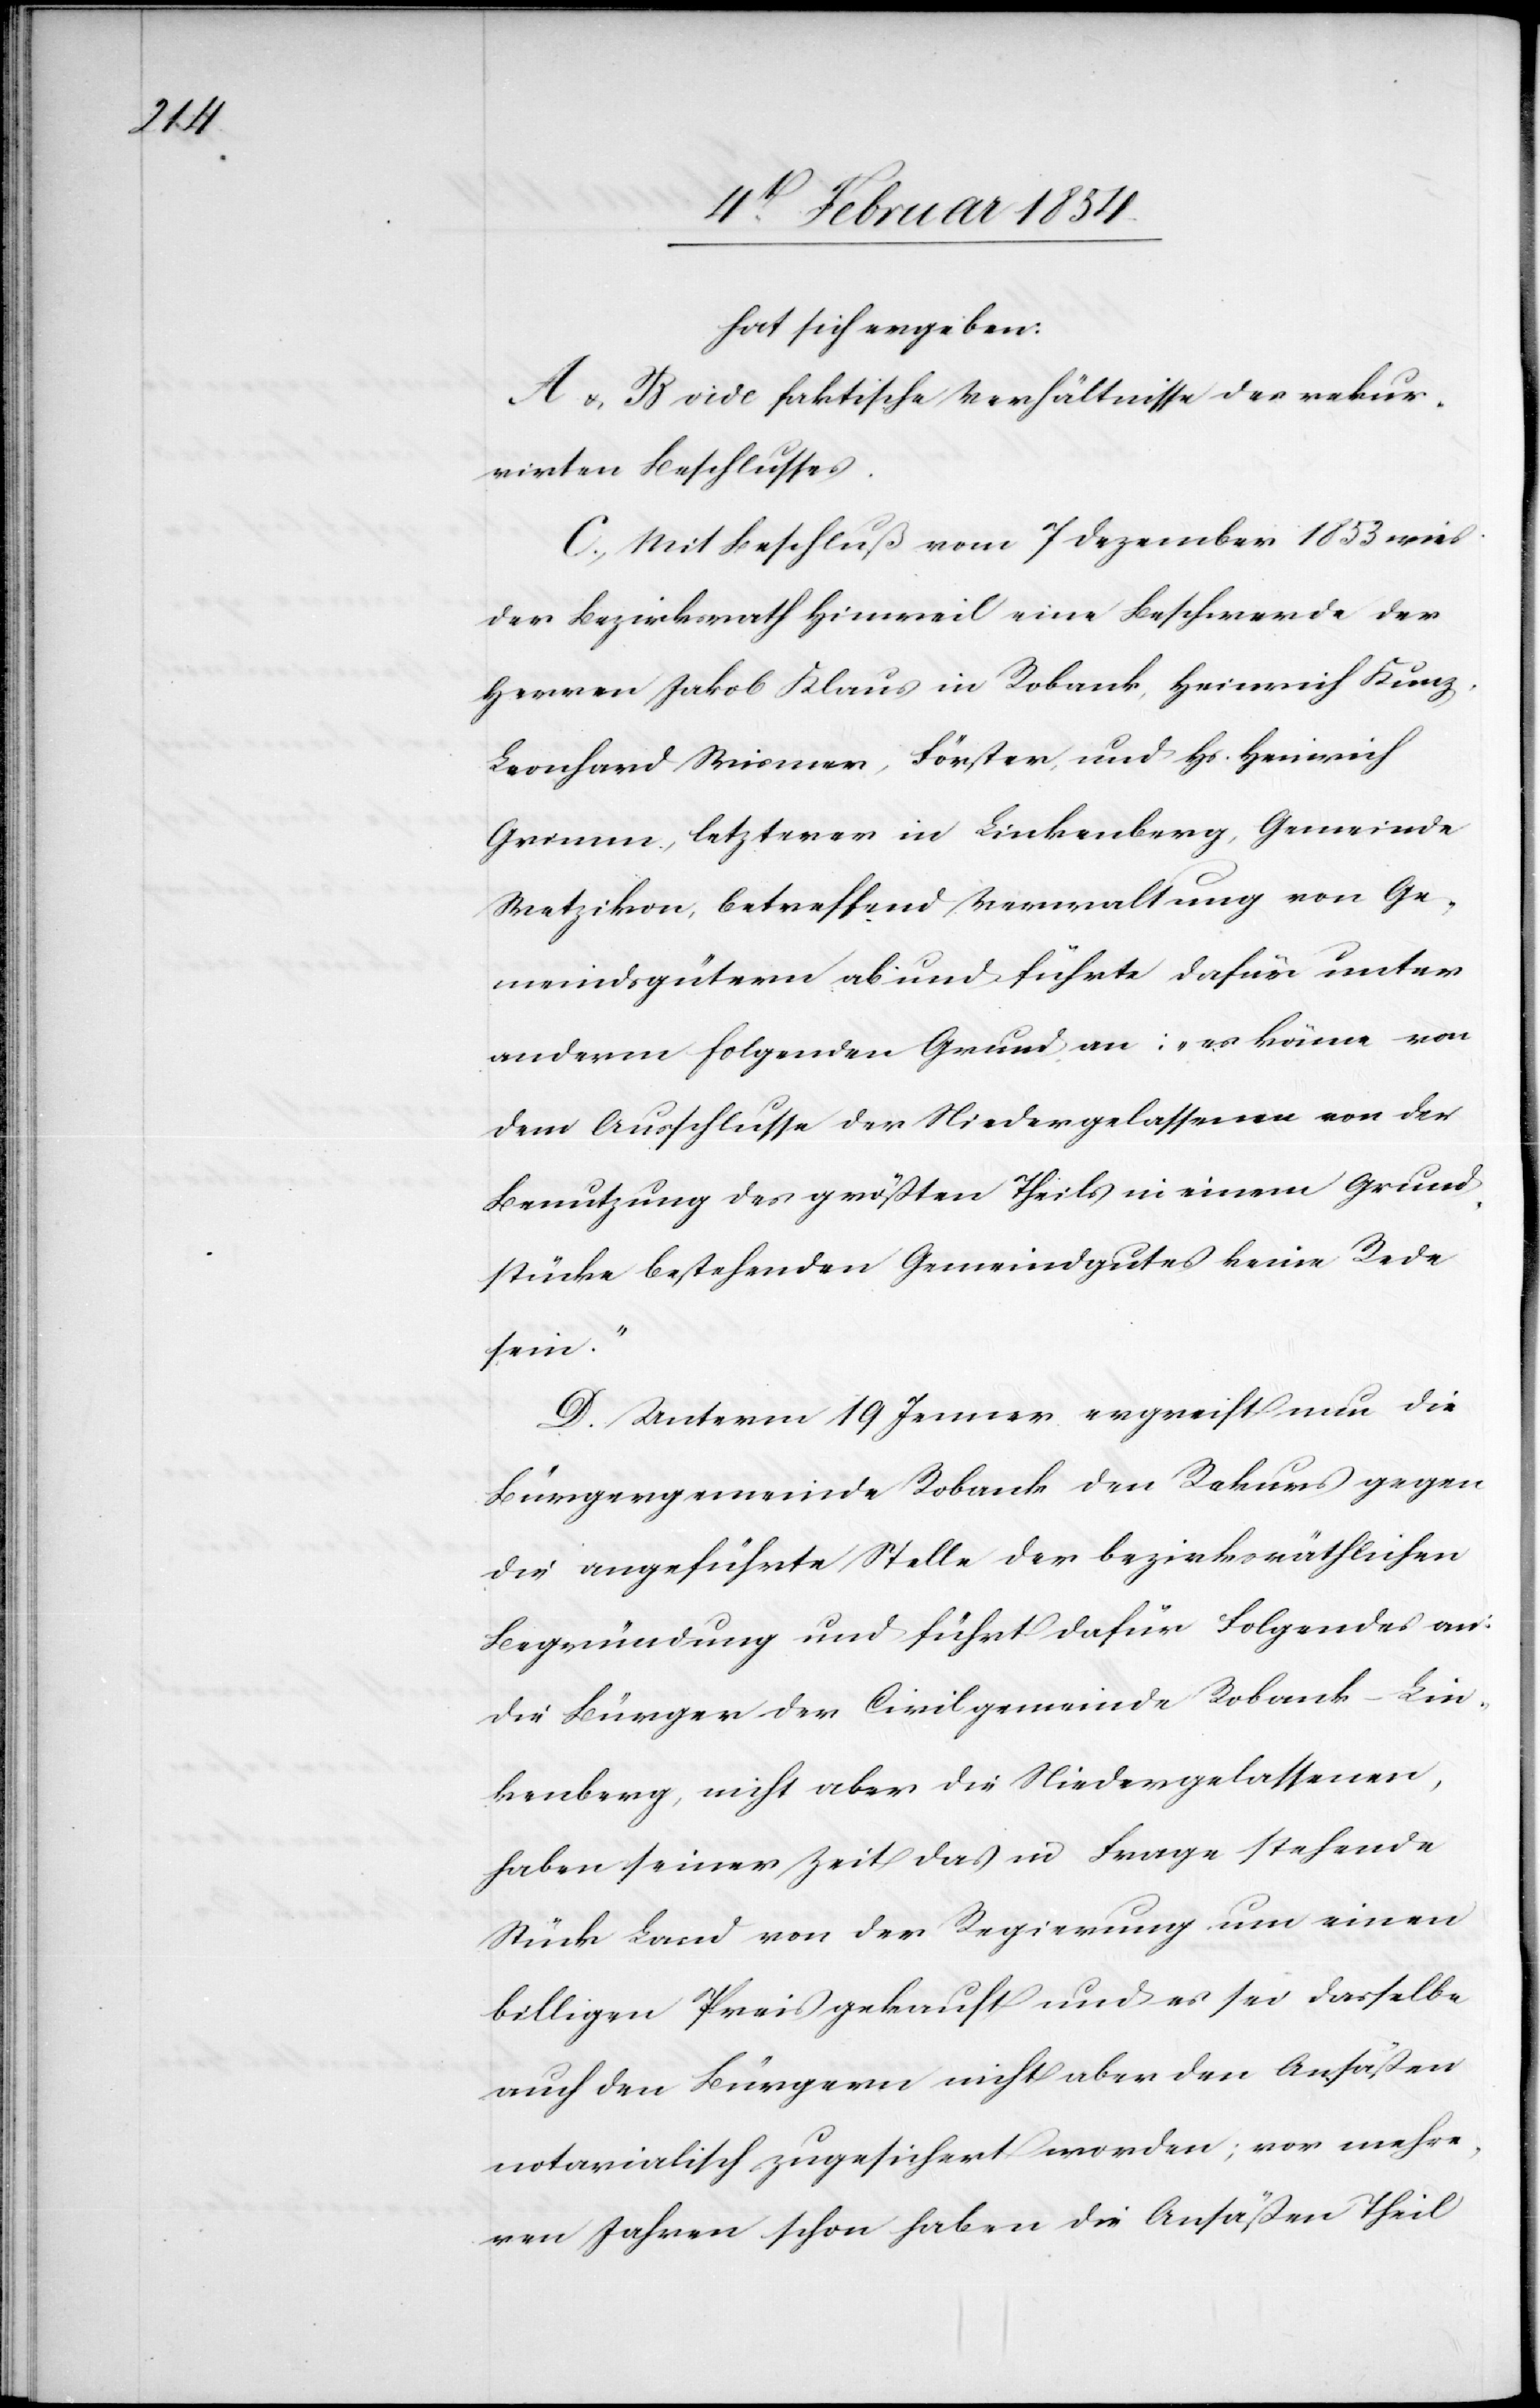
hat sich ergeben:
A u. B vide faktische Verhältnisse des rekur¬
rirten Beschlusses.
C. Mit Beschluß vom 7 Dezember 1853 wies
der Bezirksrath Hinweil eine Beschwerde der
Herren Jakob Klaus in Robank, Heinrich Kunz,
Leonhard Wismer, Förster, und Hs. Heinrich
Grimm, letzterer in Linkenberg, Gemeinde
Wetzikon, betreffend Verwaltung von Ge¬
meindsgütern ab und führte dafür unter
anderm folgenden Grund an: „es könne von
dem Ausschlusse der Niedergelassenen von der
Benutzung des größten Theils in einem Grund¬
stücke bestehenden Gemeindgutes keine Rede
sein.“
D. Unterm 19 Jenner ergreift nun die
Bürgergemeinde Robank den Rekurs gegen
die angeführte Stelle der bezirksräthlichen
Begründung und führt dafür Folgendes an:
Die Bürger der Civilgemeinde Robank-Lin¬
kenberg, nicht aber die Niedergelassenen,
haben seiner Zeit das in Frage stehende
Stück Land von der Regierung um einen
billigen Preis gekauft und es sei dasselbe
auch den Bürgern nicht aber den Ansäßen
notarialisch zugesichert worden; vor mehre¬
ren Jahren schon haben die Ansäßen Theil